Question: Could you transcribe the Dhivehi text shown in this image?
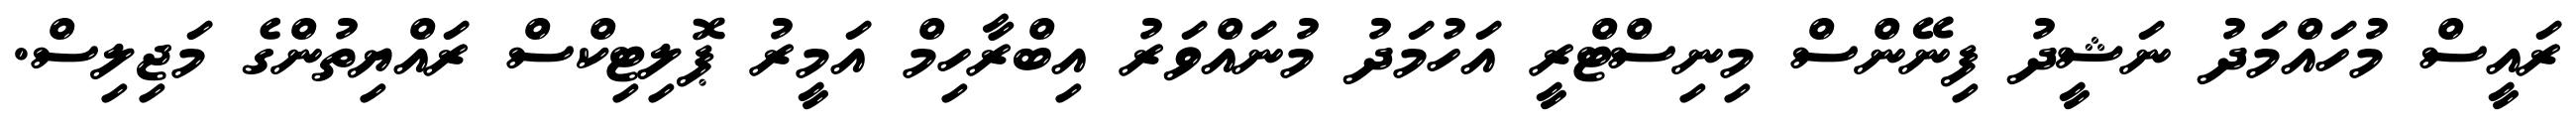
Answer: ރައީސް މުހައްމަދު ނަޝީދު ފިނޭންސް މިނިސްޓްރީ އަހުމަދު މުނައްވަރު އިބްރާހިމް އަމީރު ޕޮލިޓިކްސް ރައްޔިތުންގެ މަޖިލިސް.